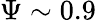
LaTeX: \Psi\sim 0.9